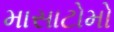
માસાટોમો